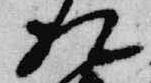
相